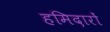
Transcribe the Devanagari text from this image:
हमिदारों